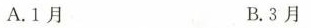
A.1月 B.3月